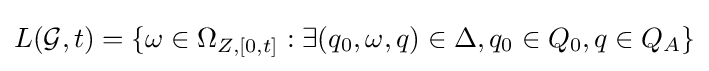
L({\mathcal {G}},t)=\{\omega \in \Omega _{Z,[0,t]}:\exists (q_{0},\omega ,q)\in \Delta ,q_{0}\in Q_{0},q\in Q_{A}\}